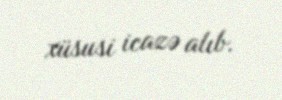
xüsusi icazə alıb.